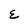
Character: E